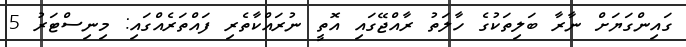
ގައިންގަޔަށް ނާރާ ބަލިތަކުގެ ހާލަތު ރާއްޖޭގައި އޮތީ ނުރައްކާތެރި ފައްތަރެއްގައި: މިނިސްޓަރު 5